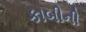
કાબીની